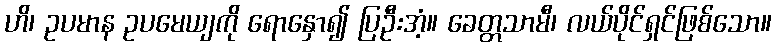
ဟိ၊ ဥပမာန ဥပမေယျကို ရောနှော၍ ပြဦးအံ့။ ခေတ္တသာမီ၊ လယ်ပိုင်ရှင်ဖြစ်သော။